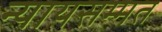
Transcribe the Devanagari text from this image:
न्यायसम्मत